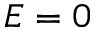
E = 0